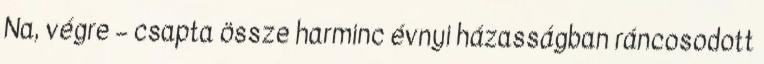
Na, végre – csapta össze harminc évnyi házasságban ráncosodott